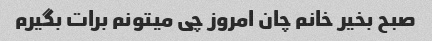
صبح بخیر خانم چان امروز چی میتونم برات بگیرم